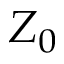
Z _ { 0 }